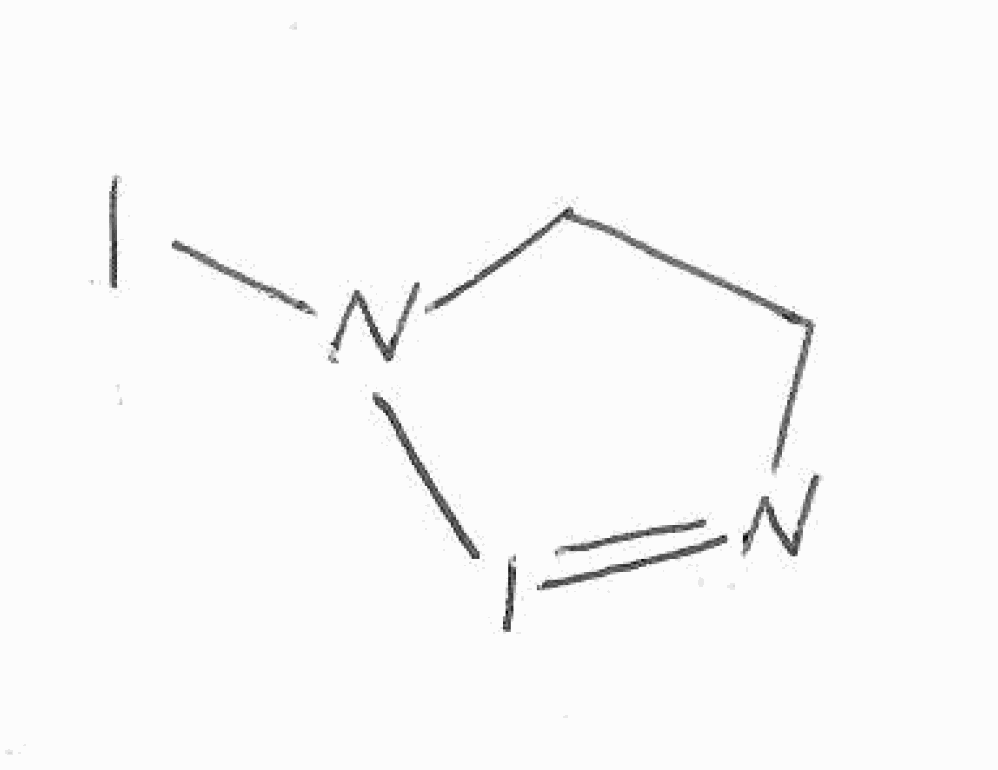
Simplified molecular-input line-entry system (SMILES) notation of the given molecule:
C1CN(I=N1)I